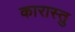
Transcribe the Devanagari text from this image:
कारास्तु